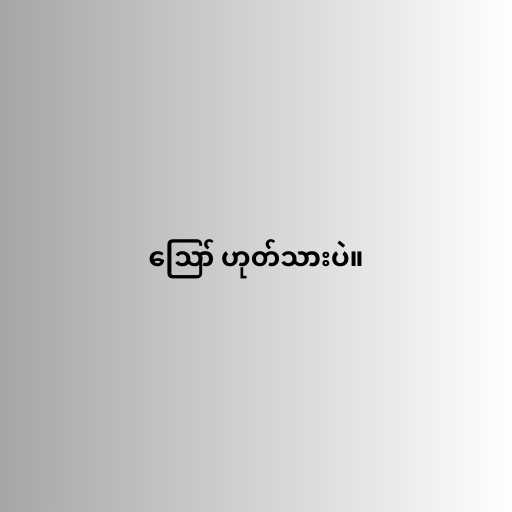
ဪ ဟုတ်သားပဲ။